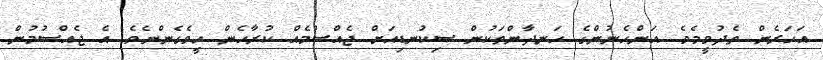
އަހަރެން ތެދުވީމެވެ. އަންހެނުންގެ ހަނދާންތަކުން ސިކުނޑިއަށް ޖެއްސުމެއް ކުރާހެން ހީވެގެންނެވެ. އެ ޖެއްސުމުން